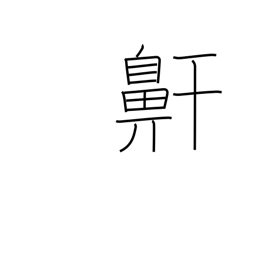
Meaning: snoring